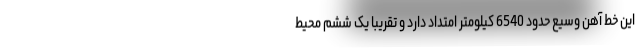
این خط آهن وسیع حدود 6540 کیلومتر امتداد دارد و تقریبا یک ششم محیط